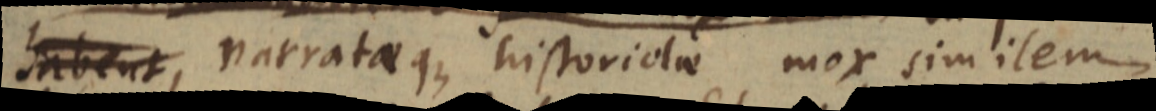
habent, narrataeque historiolae mox similem